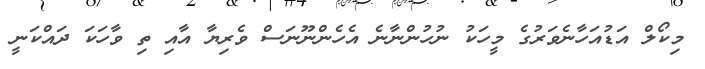
މިކޯލް އަޑުއަހާނެވަރުގެ މީހަކު ނުހުންނާނެ އެހެންނޫނަސް ވެރިޔާ އާއި ތި ވާހަކަ ދައްކަނީ